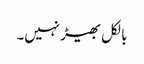
بالکل بھیڑ نہیں۔